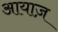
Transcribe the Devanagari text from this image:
आयाज़